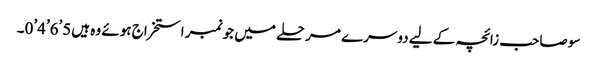
سو صاحب زائچہ کے لیے دوسرے مرحلے میں جو نمبر استخراج ہوئے وہ ہیں5’6’4’0۔